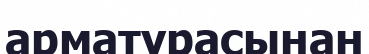
арматурасынан